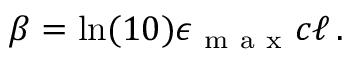
\beta = \ln ( 1 0 ) \epsilon _ { \mathrm { ~ m ~ a ~ x ~ } } c \ell \, .